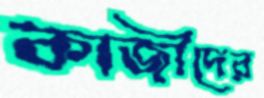
কাজীদের